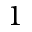
1